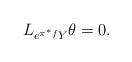
LaTeX: \begin{align*} L_{e^{\pi^*f}Y}\theta = 0.\end{align*}